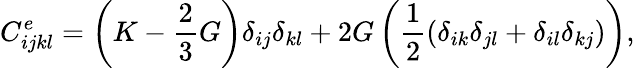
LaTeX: C_{ijkl}^{e}=\left(K-\frac{2}{3}G\right)\delta_{ij}\delta_{kl}+2G\left(\frac{1}{2}(\delta_{ik}\delta_{jl}+\delta_{il}\delta_{kj})\right),